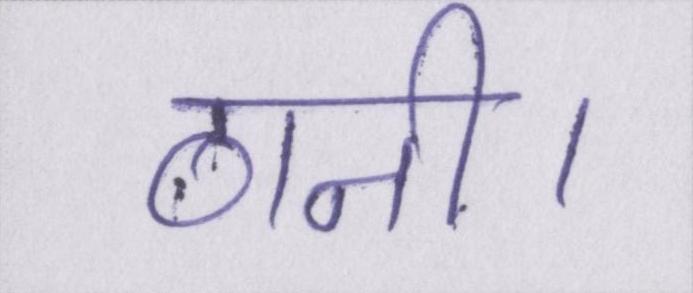
ठानी।